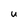
Character: U